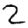
Digit: 2